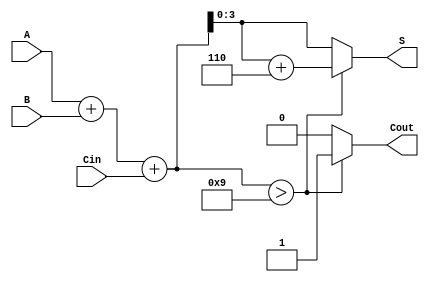
module BCD_Redundant_Binary_Adder (
    input wire [3:0] A,      // BCD input A
    input wire [3:0] B,      // BCD input B
    input wire Cin,          // Carry input
    output reg [3:0] S,      // BCD sum output
    output reg Cout          // Carry output
);

    // Internal signals
    wire [4:0] sum;          // 5-bit sum to accommodate carry
    wire [4:0] corrected_sum; // Corrected sum after BCD adjustment

    // Initial binary addition
    assign sum = A + B + Cin;

    // BCD correction logic
    always @(*) begin
        if (sum > 9) begin
            corrected_sum = sum + 5'd6; // Add 6 for BCD correction
            Cout = 1;                   // Set carry out
        end else begin
            corrected_sum = sum;        // No correction needed
            Cout = 0;                   // No carry out
        end
        S = corrected_sum[3:0];         // Assign the lower 4 bits to the sum output
    end

endmodule